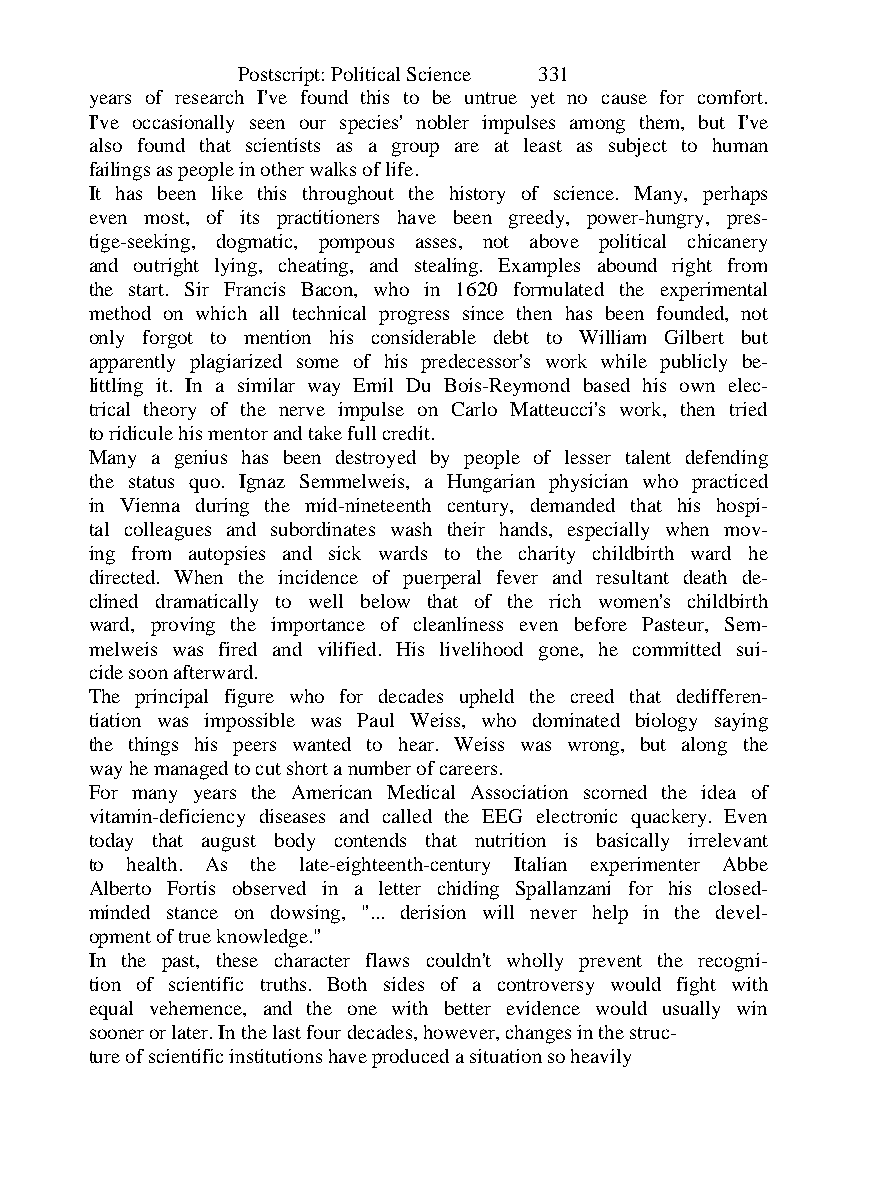
Postscript: Political Science 331
 years of research I've found this to be untrue yet no cause for comfort.
 I've occasionally seen our species' nobler impulses among them, but I've
 also found that scientists as a group are at least as subject to human
 failings as people in other walks of life.
 It has been like this throughout the history of science. Many, perhaps
 even most, of its practitioners have been greedy, power-hungry, pres-
 tige-seeking, dogmatic, pompous asses, not above political chicanery
 and outright lying, cheating, and stealing. Examples abound right from
 the start. Sir Francis Bacon, who in 1620 formulated the experimental
 method on which all technical progress since then has been founded, not
 only forgot to mention his considerable debt to William Gilbert but
 apparently plagiarized some of his predecessor's work while publicly be-
 littling it. In a similar way Emil Du Bois-Reymond based his own elec-
 trical theory of the nerve impulse on Carlo Matteucci's work, then tried
 to ridicule his mentor and take full credit.
 Many a genius has been destroyed by people of lesser talent defending
 the status quo. Ignaz Semmelweis, a Hungarian physician who practiced
 in Vienna during the mid-nineteenth century, demanded that his hospi-
 tal colleagues and subordinates wash their hands, especially when mov-
 ing from autopsies and sick wards to the charity childbirth ward he
 directed. When the incidence of puerperal fever and resultant death de-
 clined dramatically to well below that of the rich women's childbirth
 ward, proving the importance of cleanliness even before Pasteur, Sem-
 melweis was fired and vilified. His livelihood gone, he committed sui-
 cide soon afterward.
 The principal figure who for decades upheld the creed that dedifferen-
 tiation was impossible was Paul Weiss, who dominated biology saying
 the things his peers wanted to hear. Weiss was wrong, but along the
 way he managed to cut short a number of careers.
 For many years the American Medical Association scorned the idea of
 vitamin-deficiency diseases and called the EEG electronic quackery. Even
 today that august body contends that nutrition is basically irrelevant
 to health. As the late-eighteenth-century Italian experimenter Abbe
 Alberto Fortis observed in a letter chiding Spallanzani for his closed-
 minded stance on dowsing, "... derision will never help in the devel-
 opment of true knowledge."
 In the past, these character flaws couldn't wholly prevent the recogni-
 tion of scientific truths. Both sides of a controversy would fight with
 equal vehemence, and the one with better evidence would usually win
 sooner or later. In the last four decades, however, changes in the struc-
 ture of scientific institutions have produced a situation so heavily